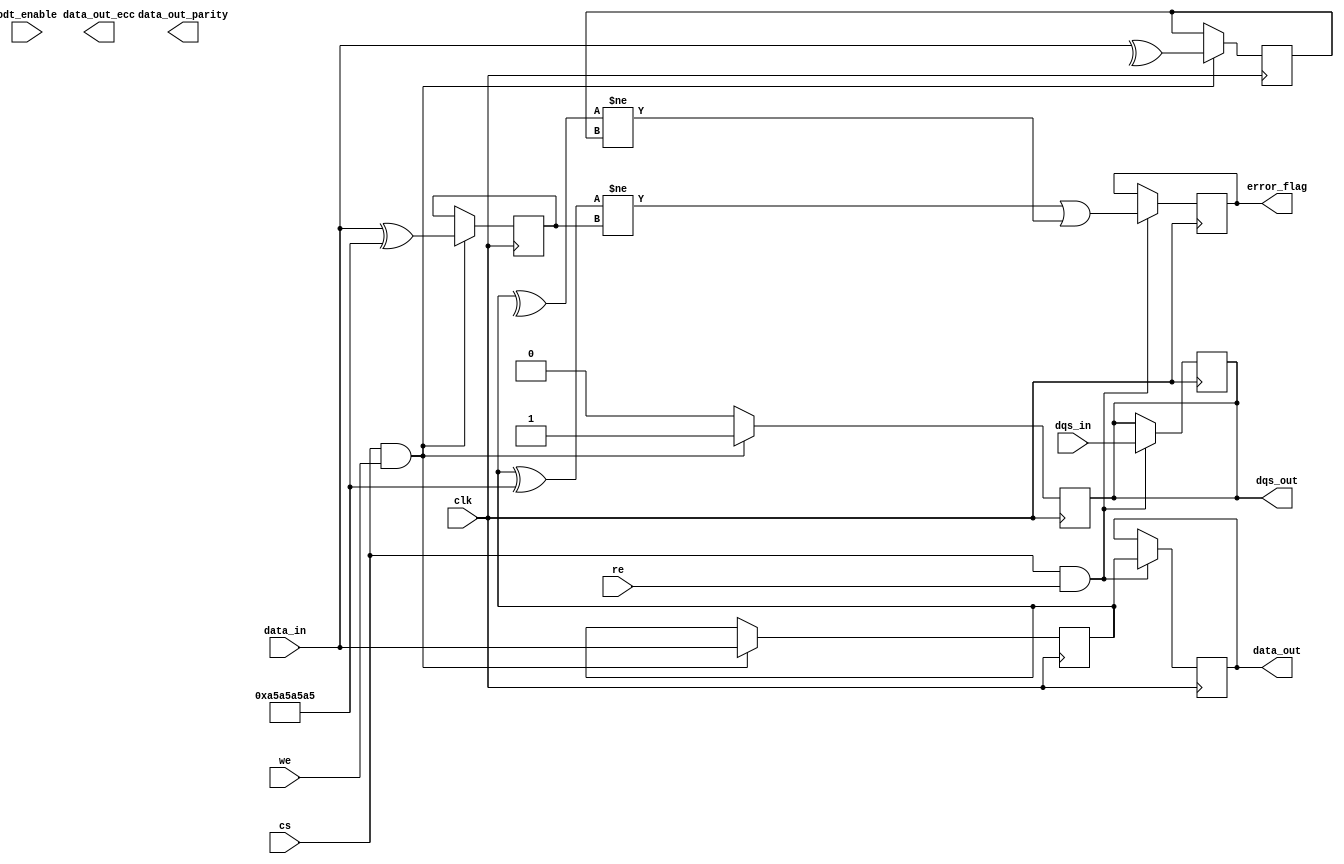
module gddr5_io_block (
    input wire clk,                // Clock input from memory controller
    input wire [31:0] data_in,     // Data input from memory controller (32 bits)
    output reg [31:0] data_out,     // Data output to memory controller (32 bits)
    input wire dqs_in,              // DQS input for read operations
    output reg dqs_out,             // DQS output for write operations
    input wire cs,                  // Chip select
    input wire we,                  // Write enable
    input wire re,                  // Read enable
    output reg error_flag,          // Error flag for ECC or parity
    input wire odt_enable,          // On-die termination enable
    output reg [31:0] data_out_ecc, // Data output with ECC
    output reg [31:0] data_out_parity // Data output with parity
);

    // Internal signals
    reg [31:0] data_buffer;         // Buffer for data
    reg [31:0] ecc;                 // Error correction code
    reg parity;                     // Parity bit
    reg [3:0] dqs_delay;           // DQS delay for write leveling

    // Write operation
    always @(posedge clk) begin
        if (cs && we) begin
            data_buffer <= data_in; // Capture input data
            dqs_out <= 1'b1;        // Assert DQS for write
            // Generate ECC and parity
            ecc <= generate_ecc(data_in);
            parity <= calculate_parity(data_in);
        end else begin
            dqs_out <= 1'b0;        // Deassert DQS
        end
    end

    // Read operation
    always @(posedge clk) begin
        if (cs && re) begin
            data_out <= data_buffer; // Output buffered data
            dqs_out <= dqs_in;       // Pass DQS for read
            // Check for errors
            error_flag <= check_errors(data_buffer, ecc, parity);
        end
    end

    // Function to generate ECC
    function [31:0] generate_ecc(input [31:0] data);
        // ECC generation logic (placeholder)
        generate_ecc = data ^ 32'hA5A5A5A5; // Example XOR for ECC
    endfunction

    // Function to calculate parity
    function calculate_parity(input [31:0] data);
        // Parity calculation logic (placeholder)
        calculate_parity = ^data; // Even parity
    endfunction

    // Function to check for errors
    function check_errors(input [31:0] data, input [31:0] ecc, input parity);
        // Error checking logic (placeholder)
        check_errors = (generate_ecc(data) != ecc) || (calculate_parity(data) != parity);
    endfunction

    // On-die termination control (simplified)
    always @(posedge clk) begin
        if (odt_enable) begin
            // Implement ODT logic here
        end
    end

endmodule